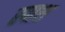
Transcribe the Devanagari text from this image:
स्पाश